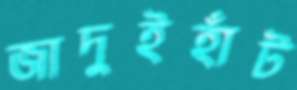
জাদুইহাঁট